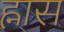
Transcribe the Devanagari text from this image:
ह्नास